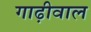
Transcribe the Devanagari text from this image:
गाढ़ीवाल